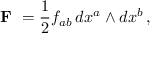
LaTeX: { \textbf { F } } = { \frac { 1 } { 2 } } f _ { a b } \, d x ^ { a } \wedge d x ^ { b } \, ,